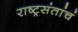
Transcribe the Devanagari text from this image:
राष्ट्रसंतांचं